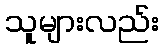
သူများလည်း